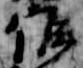
候